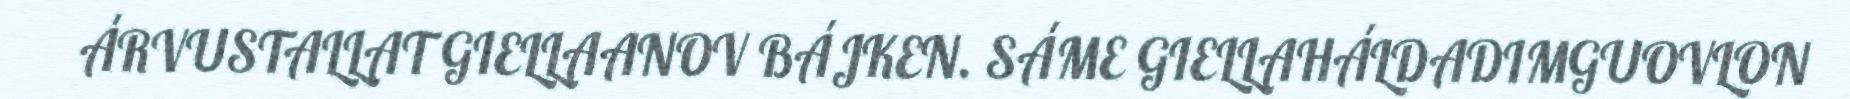
ÁRVUSTALLAT GIELLAANOV BÁJKEN. SÁME GIELLAHÁLDADIMGUOVLON